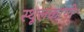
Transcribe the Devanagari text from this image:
स्थूलकायो